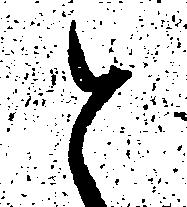
と